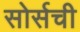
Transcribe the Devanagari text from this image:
सोर्सची